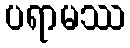
ပရာမဿ